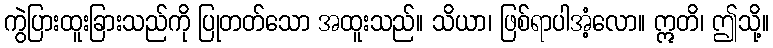
ကွဲပြားထူးခြားသည်ကို ပြုတတ်သော အထူးသည်။ သိယာ၊ ဖြစ်ရာပါအံ့လော။ ဣတိ၊ ဤသို့။